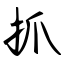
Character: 抓